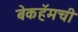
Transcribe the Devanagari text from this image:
बेकहॅमची